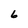
Character: 6